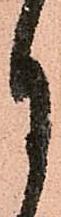
月